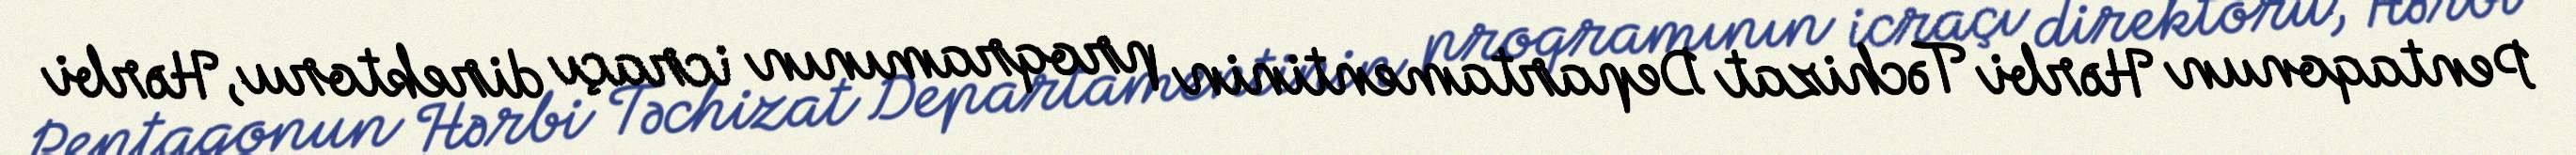
Pentaqonun Hərbi Təchizat Departamentinin proqramının icraçı direktoru, Hərbi